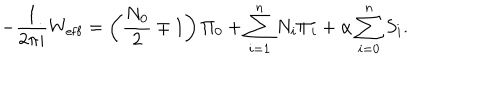
LaTeX: - \frac { 1 } { 2 \pi i } W _ { \mathrm { e f f } } = \left( \frac { N _ { 0 } } { 2 } \mp 1 \right) \Pi _ { 0 } + \sum _ { i = 1 } ^ { n } N _ { i } \Pi _ { i } + \alpha \sum _ { i = 0 } ^ { n } S _ { i } .